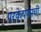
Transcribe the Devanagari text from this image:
परकेपणाची